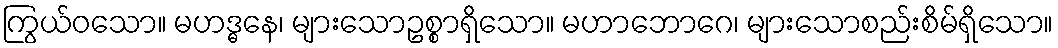
ကြွယ်ဝသော။ မဟဒ္ဓနေ၊ များသောဥစ္စာရှိသော။ မဟာဘောဂေ၊ များသောစည်းစိမ်ရှိသော။